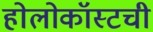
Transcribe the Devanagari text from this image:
होलोकॉस्टची